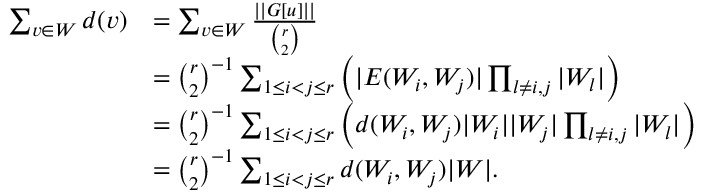
\begin{array} { r l } { \sum _ { v \in W } d ( v ) } & { = \sum _ { v \in W } \frac { | | G [ u ] | | } { \binom { r } { 2 } } } \\ & { = \binom { r } { 2 } ^ { - 1 } \sum _ { 1 \le i < j \le r } \left( | E ( W _ { i } , W _ { j } ) | \prod _ { l \neq i , j } | W _ { l } | \right) } \\ & { = \binom { r } { 2 } ^ { - 1 } \sum _ { 1 \le i < j \le r } \left( d ( W _ { i } , W _ { j } ) | W _ { i } | | W _ { j } | \prod _ { l \neq i , j } | W _ { l } | \right) } \\ & { = \binom { r } { 2 } ^ { - 1 } \sum _ { 1 \le i < j \le r } d ( W _ { i } , W _ { j } ) | W | . } \end{array}